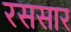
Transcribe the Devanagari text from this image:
रससार